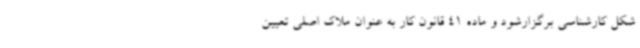
شکل کارشناسی برگزارشود و ماده 41 قانون کار به عنوان ملاک اصلی تعیین